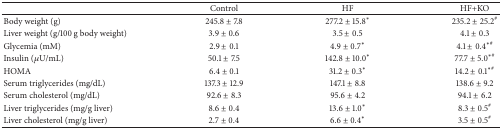
|  | Control | HF | HF+KO |
 | --- | --- | --- | --- |
 | Body weight (g) | 245.8 ± 7.8 | 277.2 ± 15.8* | 235.2 ± 25.2# |
 | Liver weight (g/100 g body weight) | 3.9 ± 0.6 | 3.5 ± 0.5 | 4.1 ± 0.3 |
 | Glycemia (mM) | 2.9 ± 0.1 | 4.9 ± 0.7* | 4.1 ± 0.4∗# |
 | Insulin (μU/mL) | 50.1 ± 7.5 | 142.8 ± 10.0* | 77.7 ± 5.0∗# |
 | HOMA | 6.4 ± 0.1 | 31.2 ± 0.3* | 14.2 ± 0.1∗# |
 | Serum triglycerides (mg/dL) | 137.3 ± 12.9 | 147.1 ± 8.8 | 138.6 ± 9.2 |
 | Serum cholesterol (mg/dL) | 92.6 ± 8.3 | 95.6 ± 4.2 | 94.1 ± 6.2 |
 | Liver triglycerides (mg/g liver) | 8.6 ± 0.4 | 13.6 ± 1.0* | 8.3 ± 0.5# |
 | Liver cholesterol (mg/g liver) | 2.7 ± 0.4 | 6.6 ± 0.4* | 3.5 ± 0.5# |